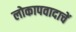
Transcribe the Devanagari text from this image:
लोकापवादाचें